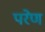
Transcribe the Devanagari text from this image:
परेण